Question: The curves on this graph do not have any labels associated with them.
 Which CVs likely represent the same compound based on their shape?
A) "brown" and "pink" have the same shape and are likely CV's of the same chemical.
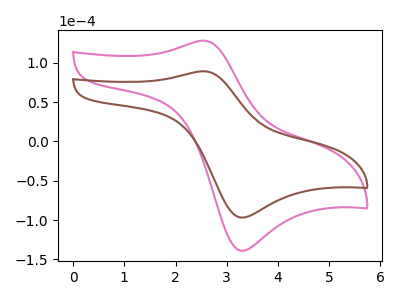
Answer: <think>The pink curve "pink" has an anodic peak at (2.55V, 128.20uA) and a cathodic peak at (3.35V, -138.95uA). The brown curve "brown" has an anodic peak at (2.55V, 89.30uA) and a cathodic peak at (3.35V, -96.75uA).
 All the peaks in "pink" have a peak in "brown" at the same potential. Every peak in "pink" is higher than every peak in "brown".</think>
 <answer>A) "brown" and "pink" have the same shape and are likely CV's of the same chemical.</answer>
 <eval>A</eval>